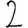
Digit: 2